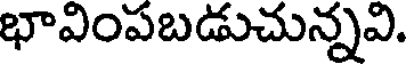
భావింపబడుచున్నవి.